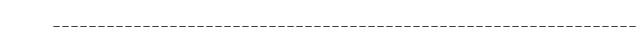
_________________________________________________________________